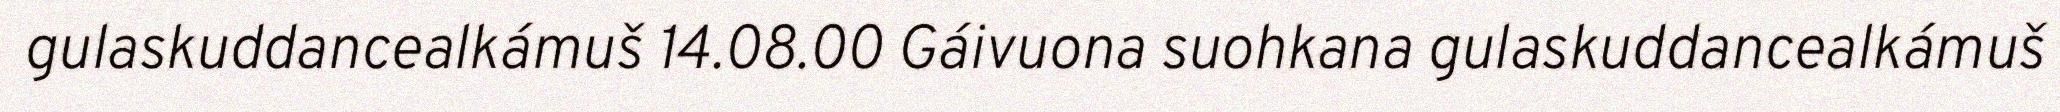
gulaskuddancealkámuš 14.08.00 Gáivuona suohkana gulaskuddancealkámuš